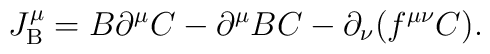
J_{\rm B}^\mu =B \partial^\mu C - \partial^\mu B C - \partial_\nu (f^{\mu\nu} C) .